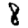
Digit: 8